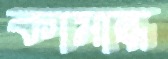
কামান্ধ